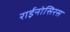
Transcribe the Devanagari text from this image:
राईनोसिरस